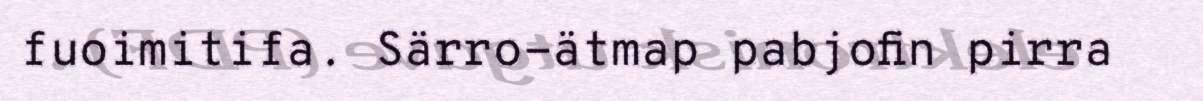
fuoimitifa. Särro-ätmap pabjofin pirra